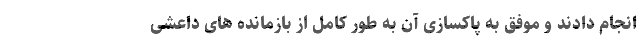
انجام دادند و موفق به پاکسازی آن به طور کامل از بازمانده های داعشی